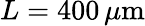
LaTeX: L=400\, \mu\mathrm{m}